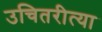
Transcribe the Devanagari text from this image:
उचितरीत्या